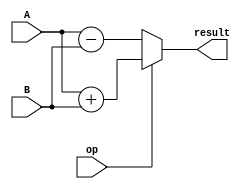
//32-bit adder/substracter
module add_sub(result, op, A, B);
    input [31:0] A, B;
    input op;
    output [31:0] result;
    
    assign result=op?(A+B):(A-B);
            
endmodule

//testbench
module tb_add_sub();
    reg [31:0] A, B;
    reg op;
    wire [31:0] result;
    
    add_sub ADD_SUB(.result(result), .op(op), .A(A), .B(B));
    
    initial begin
        A=32'h0000;
        B=32'h00F0;
        op=1;
        #20;
        op=0;
        #20;
        A=32'h000A;
        B=32'h0002;
        op=1;
        #20;
        A=32'hFFFF;
        B=32'h0FF0;
        op=0;
    end
endmodule